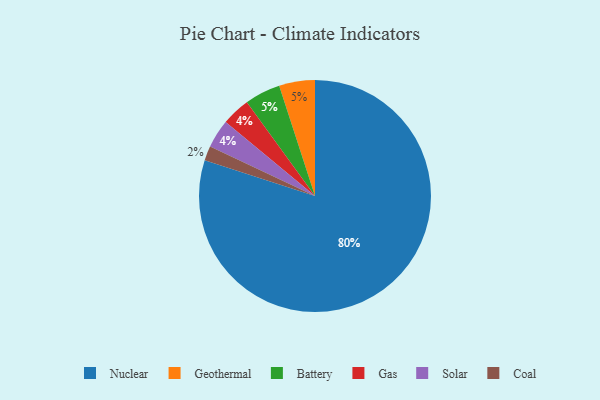
{"axis": {"x": "Category", "y": "Percentage"}, "legend": ["Battery", "Coal", "Gas", "Geothermal", "Nuclear", "Solar"], "data": [{"x": "Coal", "y": 2, "type": "Coal"}, {"x": "Geothermal", "y": 5, "type": "Geothermal"}, {"x": "Gas", "y": 4, "type": "Gas"}, {"x": "Battery", "y": 5, "type": "Battery"}, {"x": "Solar", "y": 4, "type": "Solar"}, {"x": "Nuclear", "y": 80, "type": "Nuclear"}]}